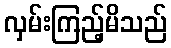
လှမ်းကြည့်မိသည်